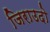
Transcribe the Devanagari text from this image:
जिराउदो